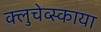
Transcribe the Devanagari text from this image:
क्लुचेव्स्काया